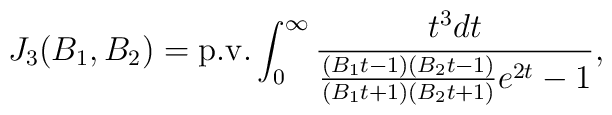
J_3(B_1,B_2)={\rm p.v.}\int_{0}^{\infty }\frac{t^{3}dt}{\frac{(B_{1}t-1)(B_{2}t-1)}{(B_{1}t+1)(B_{2}t+1)}e^{2t}-1},